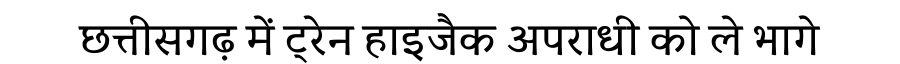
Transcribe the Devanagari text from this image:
छत्तीसगढ़ में ट्रेन हाइजैक अपराधी को ले भागे